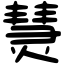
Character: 熭